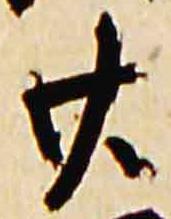
廿